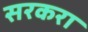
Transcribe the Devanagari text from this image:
सरकरा